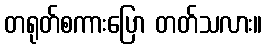
တရုတ်စကားပြော တတ်သလား။